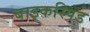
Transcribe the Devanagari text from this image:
बाइकस्पिड